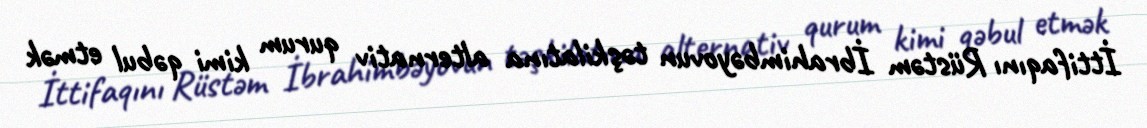
İttifaqını Rüstəm İbrahimbəyovun təşkilatına alternativ qurum kimi qəbul etmək